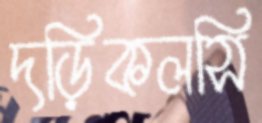
দড়িকলসি